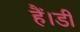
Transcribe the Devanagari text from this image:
हैं।डी